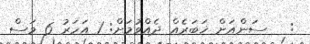
:   ސަންއަށް ޚަބަރެއް ދެއްވުމަށް: 1 އަހަރު 6 މަސް